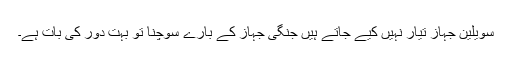
سویلین جہاز تیار نہیں کیے جاتے ہیں جنگی جہاز کے بارے سوچنا تو بہت دور کی بات ہے۔